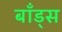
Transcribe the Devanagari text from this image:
बाँड्स